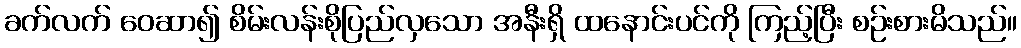
ခက်လက် ဝေဆာ၍ စိမ်းလန်းစိုပြည်လှသော အနီးရှိ ထနောင်းပင်ကို ကြည့်ပြီး စဉ်းစားမိသည်။